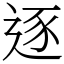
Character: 逐